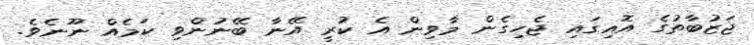
ޖަޒުބާތުގެ އޮއިގައި ޖެހިގެން މާވިން އެ ކުރީ އޭނާ ބޭނުންވި ކަމެއް ނޫނެވެ.